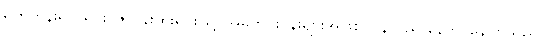
ရက်ကန်းရက်ရင်း၊ ဇာပန်းထိုးရင်းဖြင့် အိမ်တွင်းပုန်းများအဖြစ် ပြန်လည် နေထိုင်နေကြသည်။